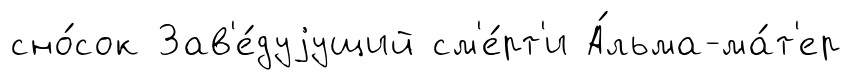
сно́сок Зав'е́дуjущий см'е́рт'и А́льма-ма́т'ер